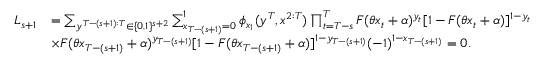
\begin{array} { r l } { L _ { s + 1 } } & { = \sum _ { y ^ { T - ( s + 1 ) : T } \in \{ 0 , 1 \} ^ { s + 2 } } \sum _ { x _ { T - ( s + 1 ) } = 0 } ^ { 1 } \phi _ { x _ { 1 } } ( y ^ { T } , x ^ { 2 : T } ) \prod _ { t = T - s } ^ { T } F ( \theta x _ { t } + \alpha ) ^ { y _ { t } } [ 1 - F ( \theta x _ { t } + \alpha ) ] ^ { 1 - y _ { t } } } \\ & { \times F ( \theta x _ { T - ( s + 1 ) } + \alpha ) ^ { y _ { T - ( s + 1 ) } } [ 1 - F ( \theta x _ { T - ( s + 1 ) } + \alpha ) ] ^ { 1 - y _ { T - ( s + 1 ) } } ( - 1 ) ^ { 1 - x _ { T - ( s + 1 ) } } = 0 . } \end{array}